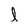
Character: l